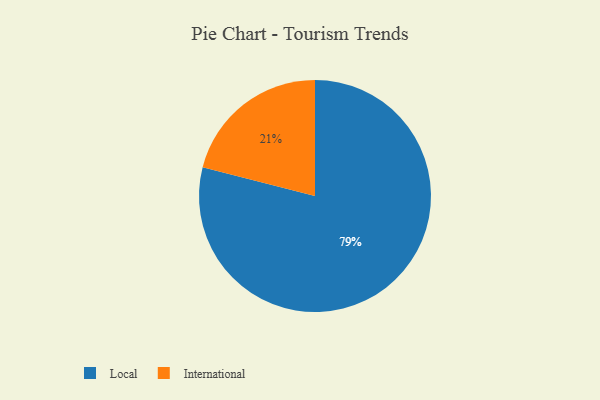
{"axis": {"x": "Category", "y": "Percentage"}, "legend": ["International", "Local"], "data": [{"x": "Local", "y": 79, "type": "Local"}, {"x": "International", "y": 21, "type": "International"}]}